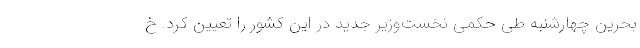
بحرین چهارشنبه طی حکمی نخست‌وزیر جدید در این کشور را تعیین کرد. خ